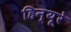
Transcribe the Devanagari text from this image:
हिन्यूरे